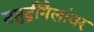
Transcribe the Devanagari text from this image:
समुद्रीमैलांवर